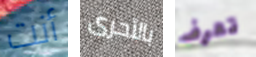
أنت بالأحرى تعرف